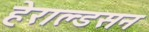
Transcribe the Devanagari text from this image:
हेराल्डसन